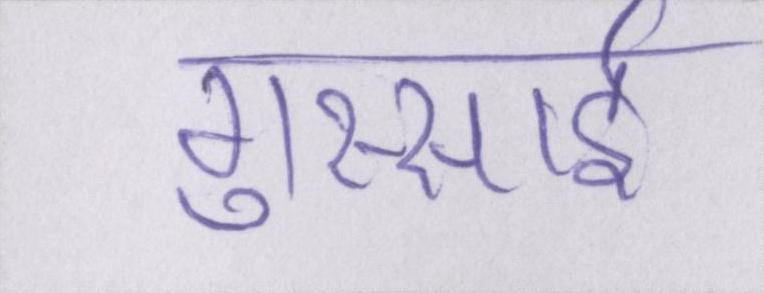
गुस्साई